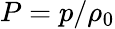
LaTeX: P=p/\rho_{0}